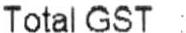
TOTAL GST :